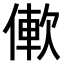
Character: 𫣑